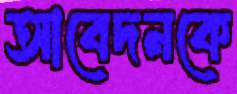
আবেদনকে